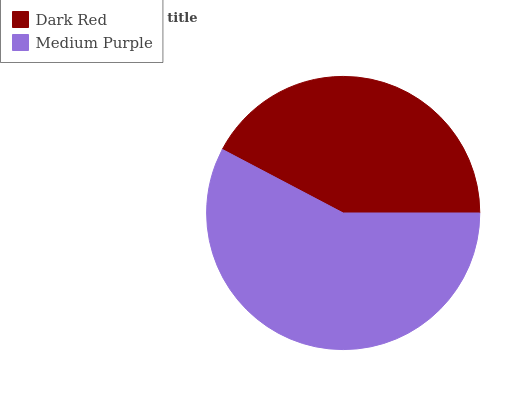
| Dark Red | Medium Purple |
 | --- | --- |
 | 42.3% | 57.7% |